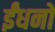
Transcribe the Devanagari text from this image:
ईंधनो